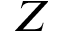
Z